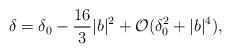
LaTeX: \begin{align*}\delta = \delta_0 - \frac{16}{3} |b|^2 + \mathcal{O}(\delta_0^2 + |b|^4),\end{align*}